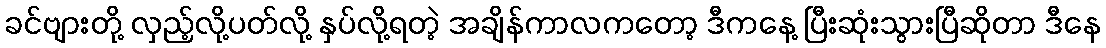
ခင်ဗျားတို့ လှည့်လို့ပတ်လို့ နှပ်လို့ရတဲ့ အချိန်ကာလကတော့ ဒီကနေ့ ပြီးဆုံးသွားပြီဆိုတာ ဒီနေ